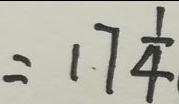
= 1 7 \frac { 1 } { 4 }